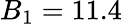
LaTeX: B_{1}=11.4